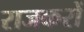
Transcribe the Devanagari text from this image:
राजकरों